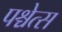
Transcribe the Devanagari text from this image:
पश्चेत्स